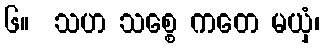
၆။  သဟ သစ္စေ ကတေ မယှံ၊